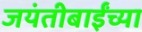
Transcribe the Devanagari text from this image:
जयंतीबाईंच्या